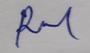
Signature authenticity: genuine